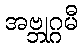
အဗ္ဘုဂ္ဂမီ